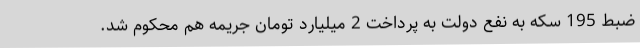
ضبط 195 سکه به نفع دولت به پرداخت 2 میلیارد تومان جریمه هم محکوم شد.